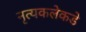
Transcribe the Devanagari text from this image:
नृत्यकलेकडे